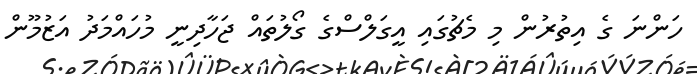
ހަންނަ ގެ އިތުރުން މި މެޗުގައި އީގަލްސްގެ ގޯލުތައް ޖަހާދިނީ މުހައްމަދު އަޒުމޫން